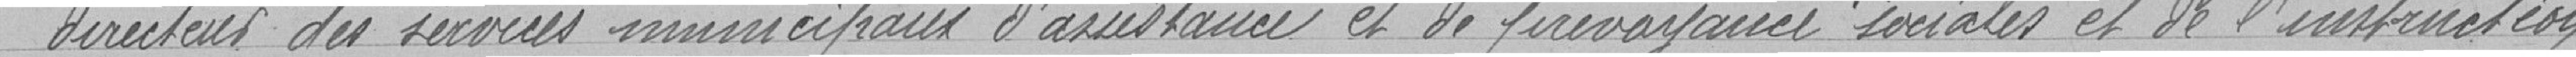
directeur des services municipaux d'assistance et de prévoyance sociales et de l'instruction